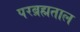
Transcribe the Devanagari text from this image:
परब्रह्मताल